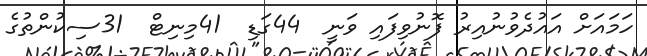
ހަމައަށް އައުދެވުނުއިރު ފޮނުވިފައި ވަނީ  44ގަޑި  41މިނިޓް  31ސިކުންތުގެ